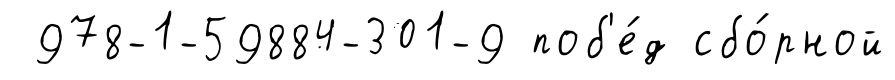
978-1-59884-301-9 поб'е́д сбо́рной